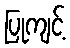
ပြုကျင့်